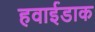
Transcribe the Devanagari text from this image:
हवाईडाक